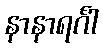
နာနာရင်္ဂါ